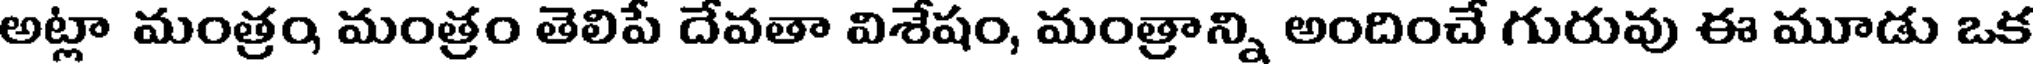
అట్లా మంత్రం మంత్రం తెలిపే దేవతా విశేషం, మంత్రాన్ని అందించే గురువు ఈ మూడు ఒక